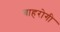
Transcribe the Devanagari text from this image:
बाहरोगी